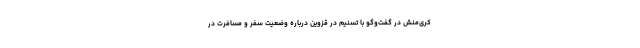
کری‌منش در گفت‌وگو با تسنیم در قزوین درباره وضعیت سفر و مسافرت در